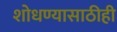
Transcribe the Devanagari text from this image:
शोधण्यासाठीही